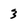
Character: 3